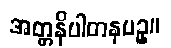
အတ္တနိပါတနပဥှ။